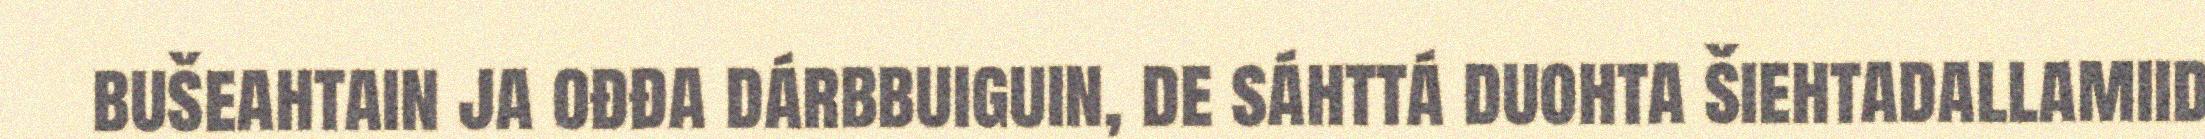
bušeahtain ja ođđa dárbbuiguin, de sáhttá duohta šiehtadallamiid